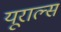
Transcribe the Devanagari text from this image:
यूराल्स